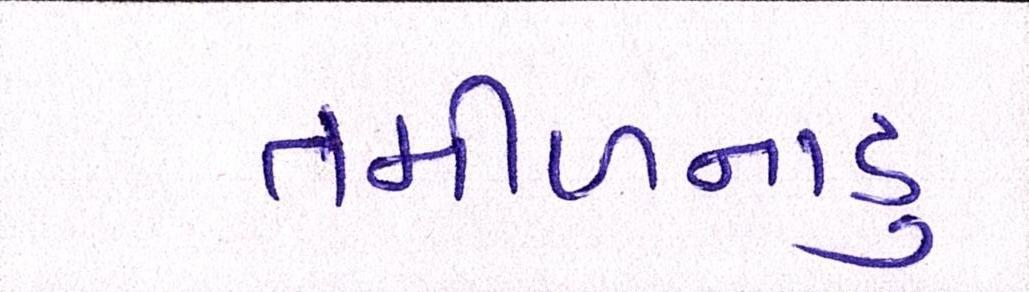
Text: તમીળનાડુ